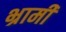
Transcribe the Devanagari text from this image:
भ्रामी